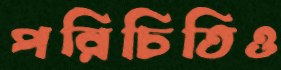
পরিচিতিও